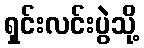
ရှင်းလင်းပွဲသို့